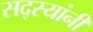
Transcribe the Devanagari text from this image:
सद्स्यांनी